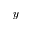
y